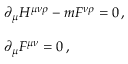
\begin{array} { r c l } { { } } & { { } } & { { \partial _ { \mu } H ^ { \mu \nu \rho } - m F ^ { \nu \rho } = 0 \, , } } \\ { { } } & { { } } & { { } } \\ { { } } & { { } } & { { \partial _ { \mu } F ^ { \mu \nu } = 0 \, , } } \end{array}